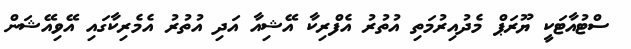
ސްޓުއާޓަކީ ޔޫރަޕް މެދުއިރުމަތި އުތުރު އެފްރިކާ އޭޝިއާ އަދި އުތުރު އެމެރިކާގައި އޭވިއޭޝަން